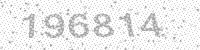
Solution: 196814